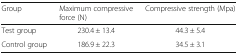
<table><thead><tr><td><b>Group</b></td><td><b>Maximum compressive force (N)</b></td><td><b>Compressive strength (Mpa)</b></td></tr></thead><tbody><tr><td>Test group</td><td>230.4 ± 13.4</td><td>44.3 ± 5.4</td></tr><tr><td>Control group</td><td>186.9 ± 22.3</td><td>34.5 ± 3.1</td></tr></tbody></table>